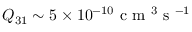
Q _ { 3 1 } \sim 5 \times 1 0 ^ { - 1 0 } \mathrm { ~ c ~ m ~ } ^ { 3 } \mathrm { ~ s ~ } ^ { - 1 }